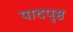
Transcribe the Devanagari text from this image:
पादपृष्ठ